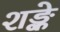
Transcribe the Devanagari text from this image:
शङ्के